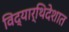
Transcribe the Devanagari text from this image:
विद्यार्थिदेशात